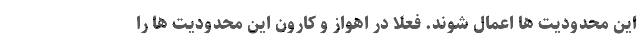
این محدودیت ها اعمال شوند. فعلا در اهواز و کارون این محدودیت ها را